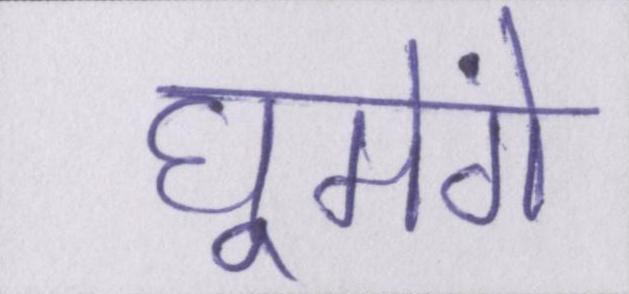
घूमेंगे